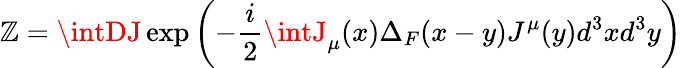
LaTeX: \mathbb{Z}=\intDJ\exp\left(-\frac{{i}}{{2}}\intJ_{\mu}(x)\Delta_{F}(x-y)J^{\mu}(y)d^{3}xd^{3}y\right)